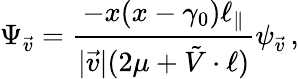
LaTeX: \Psi_{\vec{v}}=\frac{-x(x-\gamma_{0})\ell_{\parallel}}{|\vec{v}|(2\mu+\tilde{V}\cdot\ell)}\psi_{\vec{v}}\, ,